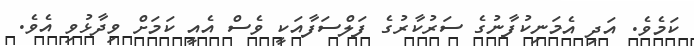
ކަމެވެ. އަދި އެމަނިކުފާނުގެ ސަރުކާރުގެ ފަލްސަފާއަކީ ވެސް އެއީ ކަމަށް ވިދާޅުވި އެވެ.